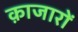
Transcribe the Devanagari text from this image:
क़ाजारों